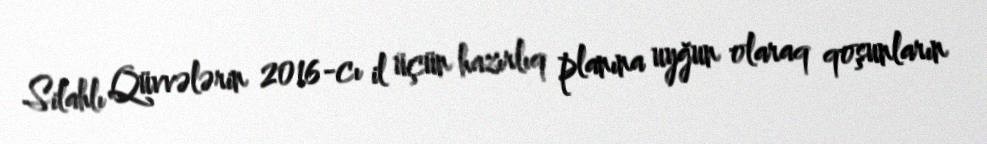
Silahlı Qüvvələrin 2016-cı il üçün hazırlıq planına uyğun olaraq qoşunların